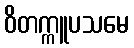
ဝိတက္ကူပသမေ